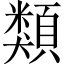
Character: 類